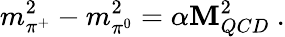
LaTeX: m_{\pi^{+}}^{2}-m_{\pi^{0}}^{2}=\alpha\mathbf{M}_{QCD}^{2}~.